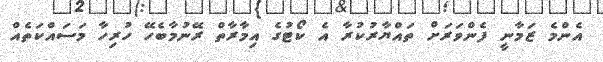
އެންމެ ޒަމާނީ ފެންވަރަށް ތައްޔާރުކުރާ އެ ކޯޓުގެ އިމާރާތް ރޭނުމާބެހޭ ހުރިހާ މަސައްކަތެއް